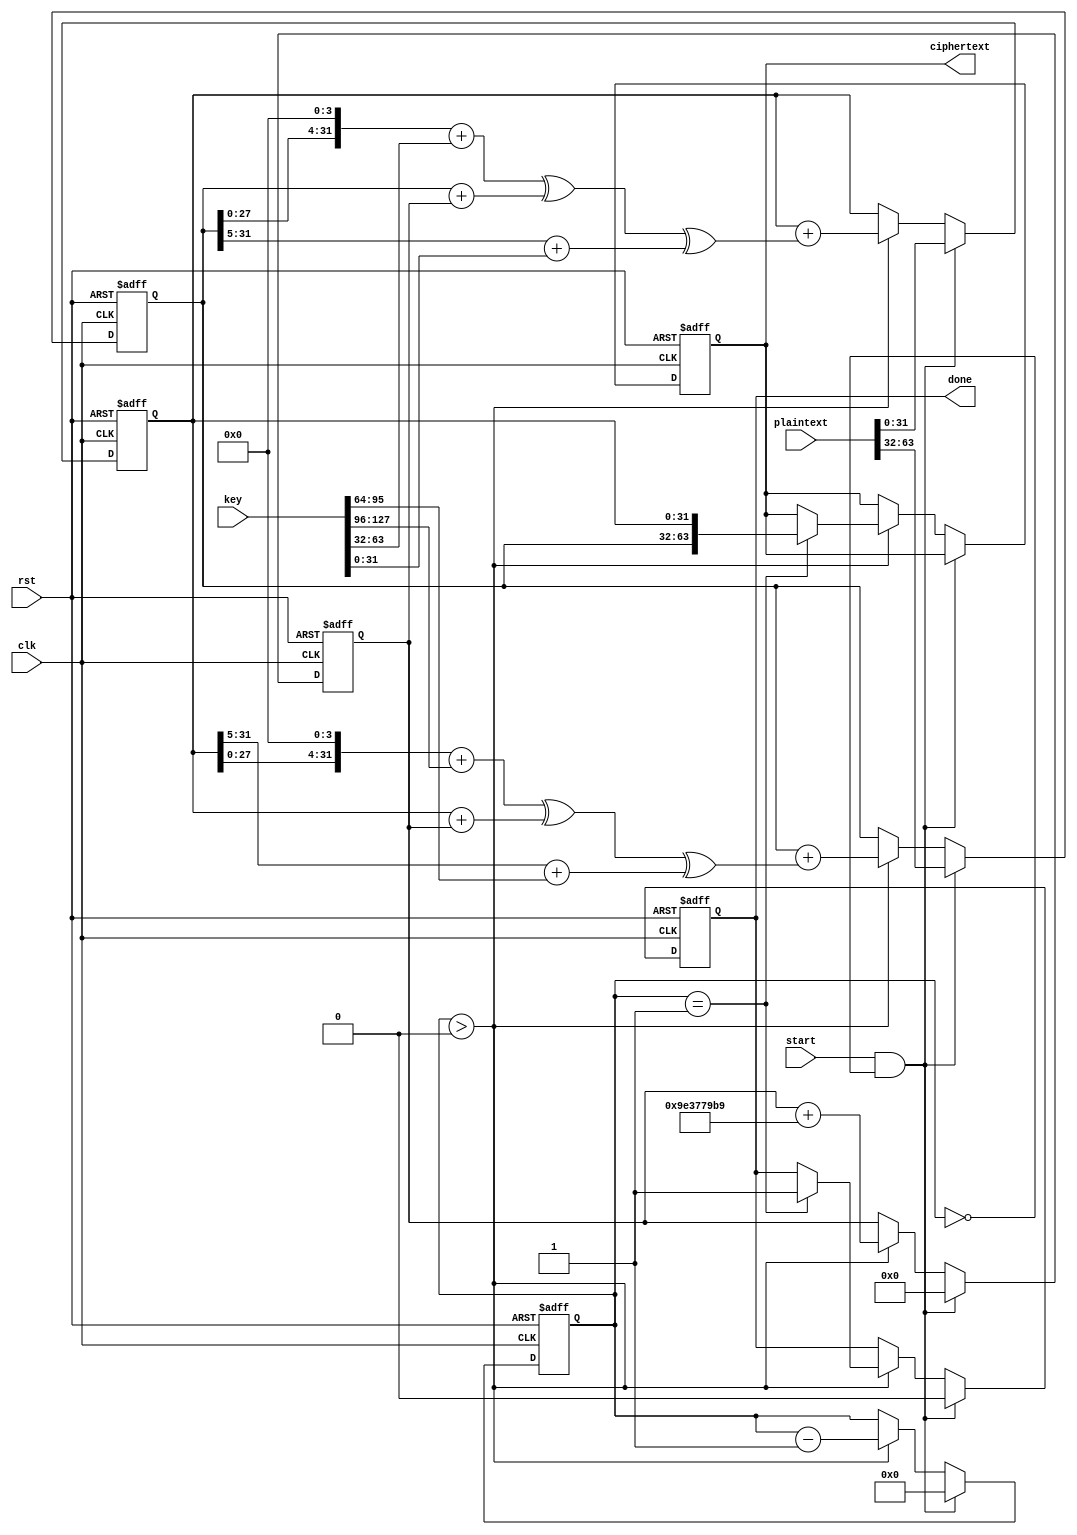
module tea (
    input wire clk,
    input wire rst,
    input wire start,
    input wire [63:0] plaintext,
    input wire [127:0] key,
    output reg [63:0] ciphertext,
    output reg done
);
    reg [31:0] y, z;
    reg [31:0] sum;
    reg [4:0] round;
    wire [31:0] delta = 32'h9E3779B9;

    always @(posedge clk or posedge rst) begin
        if (rst) begin
            y <= 0;
            z <= 0;
            sum <= 0;
            round <= 0;
            ciphertext <= 0;
            done <= 0;
        end else if (start && round == 0) begin
            y <= plaintext[63:32];
            z <= plaintext[31:0];
            sum <= 0;
            round <= 32;
            done <= 0;
        end else if (round > 0) begin
            sum <= sum + delta;
            y <= y + (((z << 4) + key[127:96]) ^ (z + sum) ^ ((z >> 5) + key[95:64]));
            z <= z + (((y << 4) + key[63:32]) ^ (y + sum) ^ ((y >> 5) + key[31:0]));
            round <= round - 1;
            if (round == 1) begin
                ciphertext <= {y, z};
                done <= 1;
            end
        end
    end
endmodule